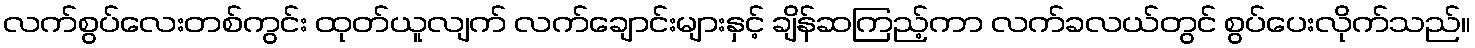
လက်စွပ်လေးတစ်ကွင်း ထုတ်ယူလျက် လက်ချောင်းများနှင့် ချိန်ဆကြည့်ကာ လက်ခလယ်တွင် စွပ်ပေးလိုက်သည်။